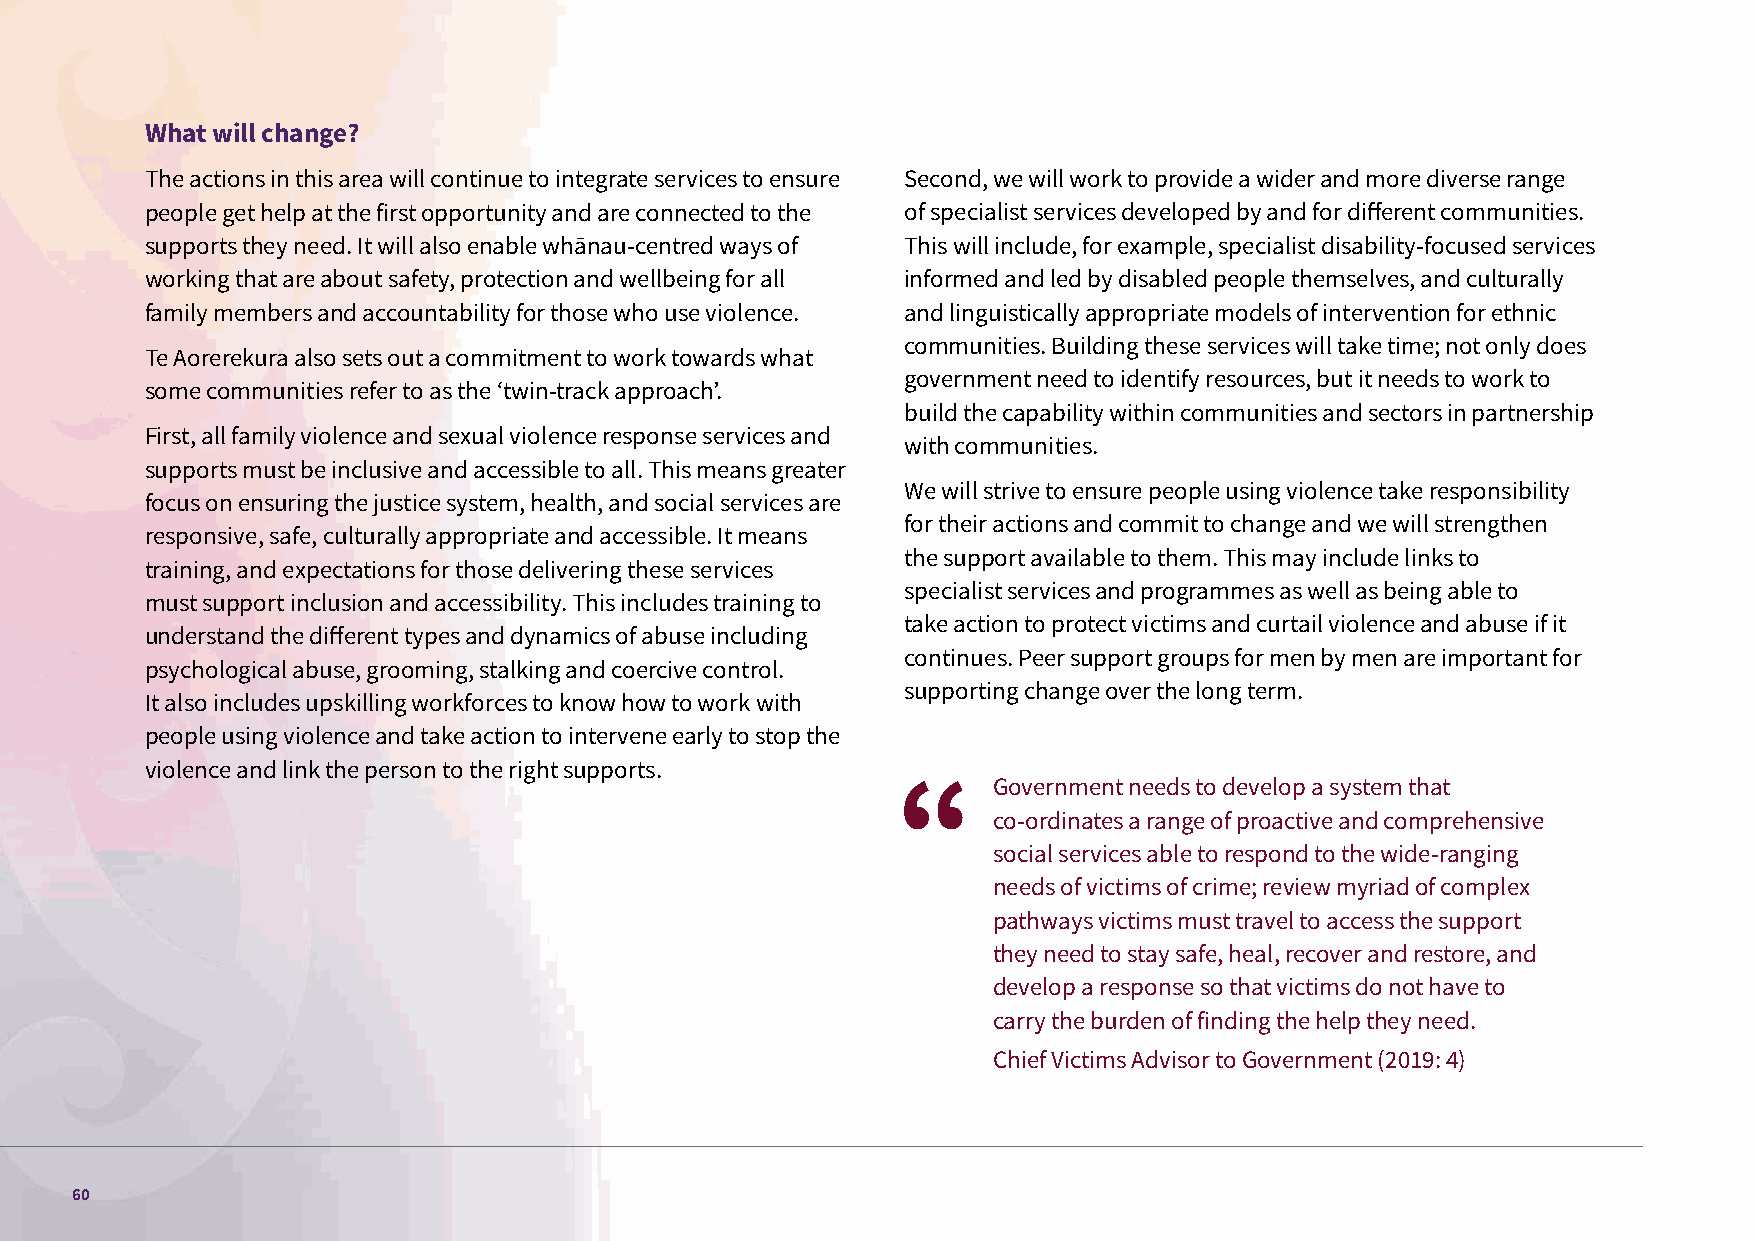
What will change?
 The actions in this area will continue to integrate services to ensure Second, we will work to provide a wider and more diverse range
 people get help at the first opportunity and are connected to the of specialist services developed by and for different communities.
 supports they need. It will also enable whānau-centred ways of This will include, for example, specialist disability-focused services
 working that are about safety, protection and wellbeing for all informed and led by disabled people themselves, and culturally
 family members and accountability for those who use violence. and linguistically appropriate models of intervention for ethnic
 communities. Building these services will take time; not only does
 Te Aorerekura also sets out a commitment to work towards what
 government need to identify resources, but it needs to work to
 some communities refer to as the ‘twin-track approach’.
 build the capability within communities and sectors in partnership
 First, all family violence and sexual violence response services and
 with communities.
 supports must be inclusive and accessible to all. This means greater
 We will strive to ensure people using violence take responsibility
 focus on ensuring the justice system, health, and social services are
 for their actions and commit to change and we will strengthen
 responsive, safe, culturally appropriate and accessible. It means
 the support available to them. This may include links to
 training, and expectations for those delivering these services
 specialist services and programmes as well as being able to
 must support inclusion and accessibility. This includes training to
 take action to protect victims and curtail violence and abuse if it
 understand the different types and dynamics of abuse including
 continues. Peer support groups for men by men are important for
 psychological abuse, grooming, stalking and coercive control.
 supporting change over the long term.
 It also includes upskilling workforces to know how to work with
 people using violence and take action to intervene early to stop the
 violence and link the person to the right supports.
 Government needs to develop a system that
 co-ordinates a range of proactive and comprehensive
 social services able to respond to the wide-ranging
 needs of victims of crime; review myriad of complex
 pathways victims must travel to access the support
 they need to stay safe, heal, recover and restore, and
 develop a response so that victims do not have to
 carry the burden of finding the help they need.
 Chief Victims Advisor to Government (2019: 4)
 60